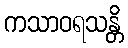
ကသာဝရသန္တိ